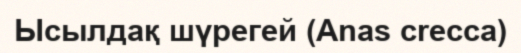
Ысылдақ шүрегей (Anas crecca)